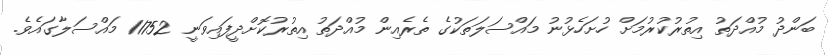
ބަންދު މުއްދަތު އިތުރުކުރުމަށް ހުށަހެޅުނު މައްސަލަތަކުގެ ތެރެއިން މުއްދަތު އިތުރުކޮށްދީފައިވަނީ 11752 މައްސަލާގައެވެ.